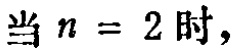
当 \(n = 2\) 时，